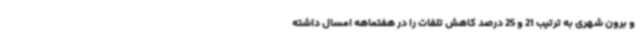
و برون شهری به ترتیب 21 و 25 درصد کاهش تلفات را در هفتماهه امسال داشته